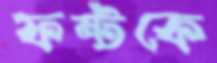
ফন্টকে